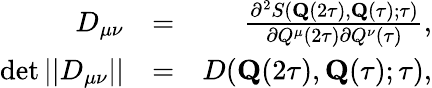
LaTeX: \begin{array}{rlr}{D_{\mu\nu}}&{=}&{\frac{\partial^{2}S(\mathbf{Q}(2\tau),\mathbf{Q}(\tau);\tau)}{\partial{Q}^{\mu}(2\tau)\partial{Q}^{\nu}(\tau)},}\\ {\operatorname*{det}||D_{\mu\nu}||}&{=}&{D(\mathbf{Q}(2\tau),\mathbf{Q}(\tau);\tau),}\end{array}